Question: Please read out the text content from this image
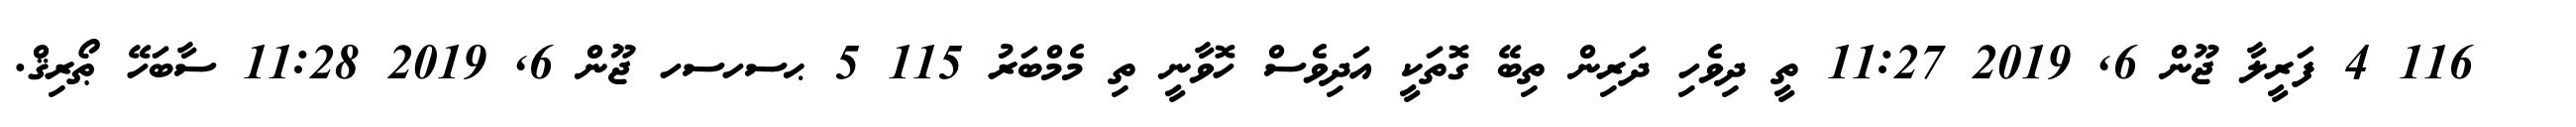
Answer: ??? 116 4 ފަރީލާ ޖޫން 6, 2019 11:27 ތީ ދިވެހި ދަރިން ތިބޭ ގޮތަކީ އަދިވެސް ހޮވާނީ ތި މެމްބަރު 115 5 ޙސހސހ ޖޫން 6, 2019 11:28 ސާބަހޭ ޠޯރިޤް.